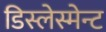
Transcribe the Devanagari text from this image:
डिस्लेस्मेन्ट